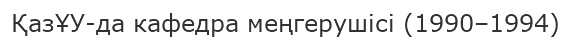
ҚазҰУ-да кафедра меңгерушісі (1990–1994)